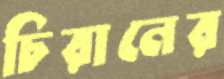
চিরানের